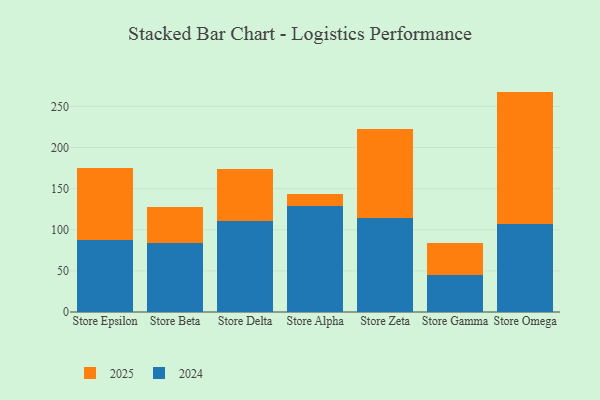
{"axis": {"x": "Store", "y": "Bounce Rate (%)"}, "legend": ["2024", "2025"], "data": [{"x": "Store Epsilon", "y": 87.0, "type": "2025"}, {"x": "Store Epsilon", "y": 88.0, "type": "2024"}, {"x": "Store Beta", "y": 43.4, "type": "2025"}, {"x": "Store Beta", "y": 83.7, "type": "2024"}, {"x": "Store Delta", "y": 63.3, "type": "2025"}, {"x": "Store Delta", "y": 110.7, "type": "2024"}, {"x": "Store Alpha", "y": 14.7, "type": "2025"}, {"x": "Store Alpha", "y": 128.9, "type": "2024"}, {"x": "Store Zeta", "y": 108.8, "type": "2025"}, {"x": "Store Zeta", "y": 113.7, "type": "2024"}, {"x": "Store Gamma", "y": 39.2, "type": "2025"}, {"x": "Store Gamma", "y": 44.4, "type": "2024"}, {"x": "Store Omega", "y": 160.4, "type": "2025"}, {"x": "Store Omega", "y": 107.6, "type": "2024"}]}